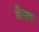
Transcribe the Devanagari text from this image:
डेमर